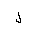
Letter: _lam